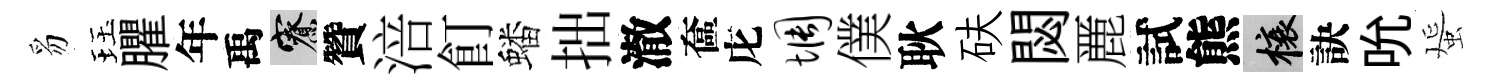
豸珏臞年禹寮贊涪飣蟠拙澈奩庀惆僕耿砆閟䴡試熊榱訣吮蜑